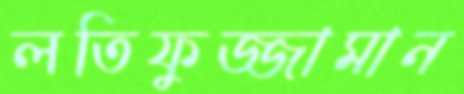
লতিফুজ্জামান